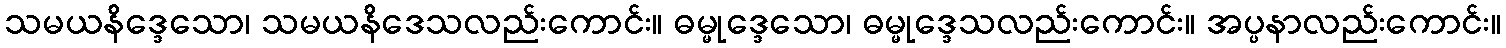
သမယနိဒ္ဒေသော၊ သမယနိဒေသလည်းကောင်း။ ဓမ္မုဒ္ဒေသော၊ ဓမ္မုဒ္ဒေသလည်းကောင်း။ အပ္ပနာလည်းကောင်း။